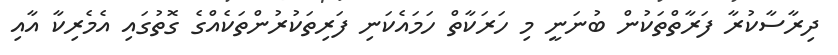
ދިރާސާކުރާ ފަރާތްތަކުން ބުނަނީ މި ހަރަކާތް ހަމައެކަނި ފަރިތަކުރުންތަކެއްގެ ގޮތުގައި އެމެރިކާ އާއި